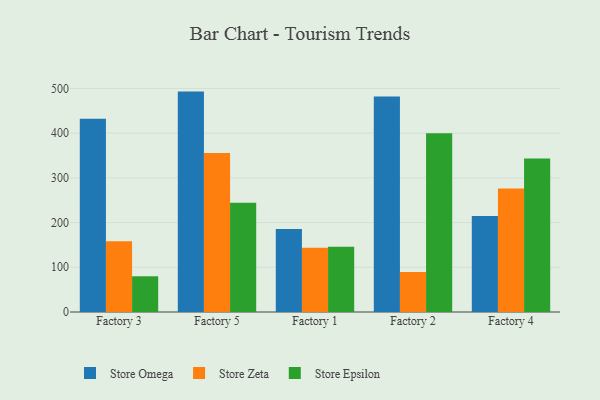
{"axis": {"x": "Factory", "y": "Bounce Rate (%)"}, "legend": ["Store Epsilon", "Store Omega", "Store Zeta"], "data": [{"x": "Factory 3", "y": 432.3, "type": "Store Omega"}, {"x": "Factory 3", "y": 158.1, "type": "Store Zeta"}, {"x": "Factory 3", "y": 79.9, "type": "Store Epsilon"}, {"x": "Factory 5", "y": 493.0, "type": "Store Omega"}, {"x": "Factory 5", "y": 355.9, "type": "Store Zeta"}, {"x": "Factory 5", "y": 244.3, "type": "Store Epsilon"}, {"x": "Factory 1", "y": 185.5, "type": "Store Omega"}, {"x": "Factory 1", "y": 143.7, "type": "Store Zeta"}, {"x": "Factory 1", "y": 145.9, "type": "Store Epsilon"}, {"x": "Factory 2", "y": 482.1, "type": "Store Omega"}, {"x": "Factory 2", "y": 89.5, "type": "Store Zeta"}, {"x": "Factory 2", "y": 399.7, "type": "Store Epsilon"}, {"x": "Factory 4", "y": 214.5, "type": "Store Omega"}, {"x": "Factory 4", "y": 276.1, "type": "Store Zeta"}, {"x": "Factory 4", "y": 343.4, "type": "Store Epsilon"}]}